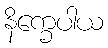
နိက္ခေပါယ